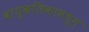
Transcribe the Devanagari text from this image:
वायुकलिकामधून